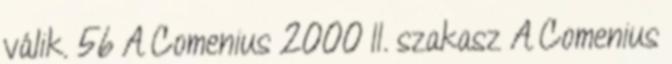
válik. 56 A Comenius 2000 II. szakasz A Comenius